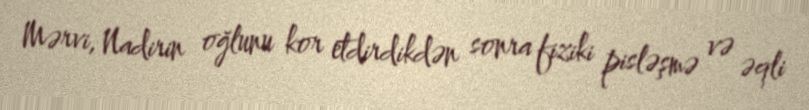
Mərvi, Nadirin oğlunu kor etdirdikdən sonra fiziki pisləşmə və əqli